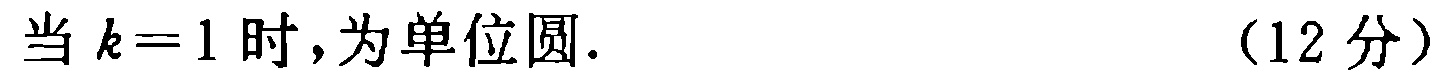
当 \(k = 1\) 时,为单位圆. （12 分）